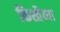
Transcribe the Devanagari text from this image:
किश्तैय्या